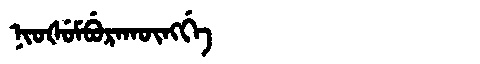
Manchu: ᠨᡳᠣᡧᡠᠮᠪᡠᡵᠠᡴᡡᠩᡤᡝ
Romanization: NIOŠUMBURAKŪNGGE